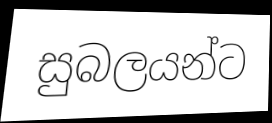
සුබලයන්ට